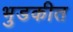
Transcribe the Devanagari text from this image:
भुडकीत